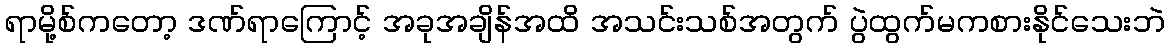
ရာမို့စ်ကတော့ ဒဏ်ရာကြောင့် အခုအချိန်အထိ အသင်းသစ်အတွက် ပွဲထွက်မကစားနိုင်သေးဘဲ